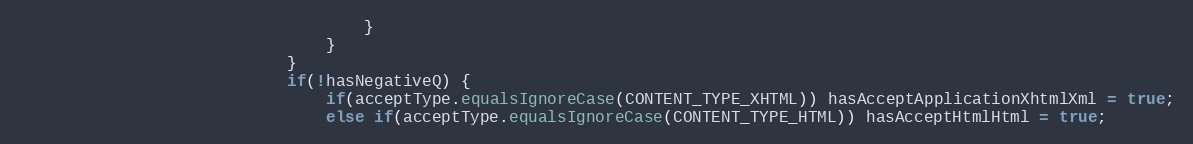
Language: Java
									}
								}
							}
							if(!hasNegativeQ) {
								if(acceptType.equalsIgnoreCase(CONTENT_TYPE_XHTML)) hasAcceptApplicationXhtmlXml = true;
								else if(acceptType.equalsIgnoreCase(CONTENT_TYPE_HTML)) hasAcceptHtmlHtml = true;